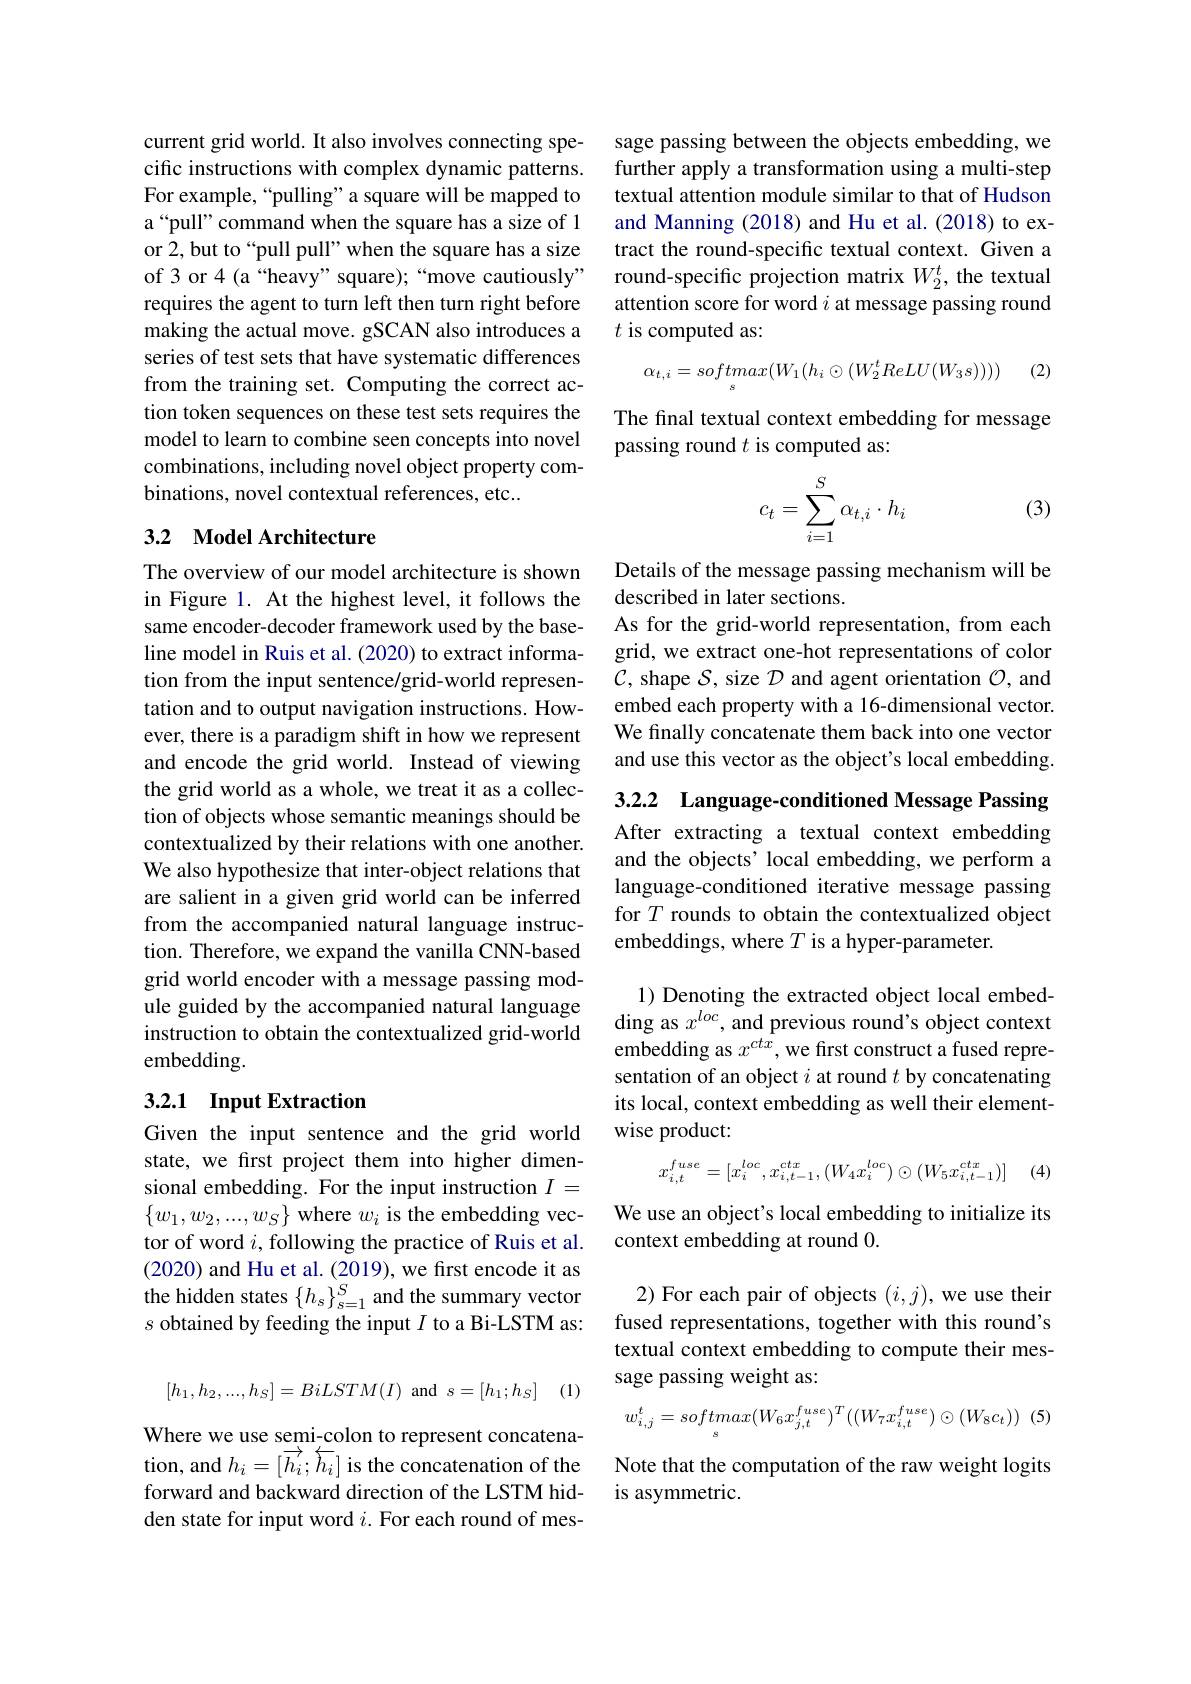
current grid world. It also involves connecting specific instructions with complex dynamic patterns. For example,“pulling”a square will be mapped to a“pull”command when the square has a size of 1 or 2, but to“pull pull” when the square has a size of 3 or 4 (a “heavy” square);“move cautiously” requires the agent to turn left then turn right before making the actual move. gSCAN also introduces a series of test sets that have systematic differences from the training set. Computing the correct action token sequences on these test sets requires the model to learn to combine seen concepts into novel combinations, including novel object property combinations, novel contextual references, etc...

## 3.2 Model Architecture

The overview of our model architecture is shown in Figure 1. At the highest level, it follows the same encoder-decoder framework used by the baseline model in Ruis et al. (2020) to extract information from the input sentence/grid-world representation and to output navigation instructions. However, there is a paradigm shift in how we represent and encode the grid world. Instead of viewing the grid world as a whole, we treat it as a collection of objects whose semantic meanings should be contextualized by their relations with one another. We also hypothesize that inter-object relations that are salient in a given grid world can be inferred from the accompanied natural language instruction. Therefore, we expand the vanilla CNN-based grid world encoder with a message passing module guided by the accompanied natural language instruction to obtain the contextualized grid-world embedding.

## 3.2.1 Input Extraction

Given the input sentence and the grid world state, we first project them into higher dimensional embedding. For the input instruction $I=$ $\{w_{1},w_{2},...,w_{S}\}$ where $w_i$ is the embedding vector of word $i$, following the practice of Ruis et al. (2020) and Hu et al. (2019), we frst encode it as the hidden states $\{h_s\}_{s=1}^S$ and the summary vector $s$ obtained by feeding the input $I$ to a Bi-LSTM as:

(1)
$$[h_1,h_2,...,h_S]=BiLSTM(I)\:\text{and}\:s=[h_1;h_S]$$
Where we use semi-colon to represent concatenation, and $h_i=[\overrightarrow{h_{i}};\overleftarrow{h_{i}}]$ is the concatenation of the

forward and backward direction of the LSTM hidden state for input word $i.$ For each round of mes-

sage passing between the objects embedding, we further apply a transformation using a multi-step textual attention module similar to that of Hudson and Manning (2018) and Hu et al. (2018) to extract the round-specific textual context. Given a round-specific projection matrix $W_2^t$, the textual attention score for word $i$ at message passing round $t$ is computed as:

(2)
$$\alpha_{t,i}=softmax(W_1(h_i\odot(W_2^tReLU(W_3s))))$$
The final textual context embedding for message
passing round $t$ is computed as:

(3)
$$c_t=\sum_{i=1}^S\alpha_{t,i}\cdot h_i$$
Details of the message passing mechanism will be
described in later sections.
As for the grid-world representation, from each grid, we extract one-hot representations of color $\mathcal{C}$, shape $\mathcal{S}$, size $\mathcal{D}$ and agent orientation $\mathcal{O}$, and embed each property with a 16-dimensional vector. We finally concatenate them back into one vector and use this vector as the object's local embedding.

3.2.2 Language-conditioned Message Passing

After extracting a textual context embedding and the objects' local embedding, we perform a language-conditioned iterative message passing for $T$ rounds to obtain the contextualized object embeddings, where $T$ is a hyper-parameter.

1) Denoting the extracted object local embedding as $x^loc$, and previous round's object context embedding as $x^ctx$, we first construct a fused representation of an object $i$ at round $t$ by concatenating its local, context embedding as well their elementwise product:
$$x_{i,t}^{fuse}=[x_i^{loc},x_{i,t-1}^{ctx},(W_4x_i^{loc})\odot(W_5x_{i,t-1}^{ctx})]$$
(4)

We use an object's local embedding to initialize its
context embedding at round 0.

2) For each pair of objects $(i,j)$, we use their fused representations, together with this round's textual context embedding to compute their message passing weight as:
$$w_{i,j}^t=softmax(W_6x_{j,t}^{fuse})^T((W_7x_{i,t}^{fuse})\odot(W_8c_t))\:(5)$$
Note that the computation of the raw weight logits
is asymmetric.